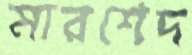
মারশেদ